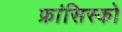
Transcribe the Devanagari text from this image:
फ्रांसिस्‍को